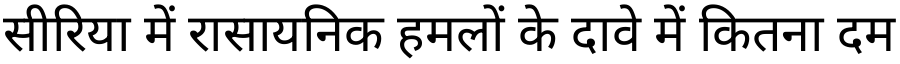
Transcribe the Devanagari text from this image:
सीरिया में रासायनिक हमलों के दावे में कितना दम